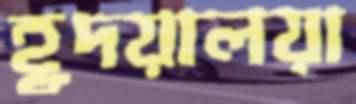
হূদয়ালয়া